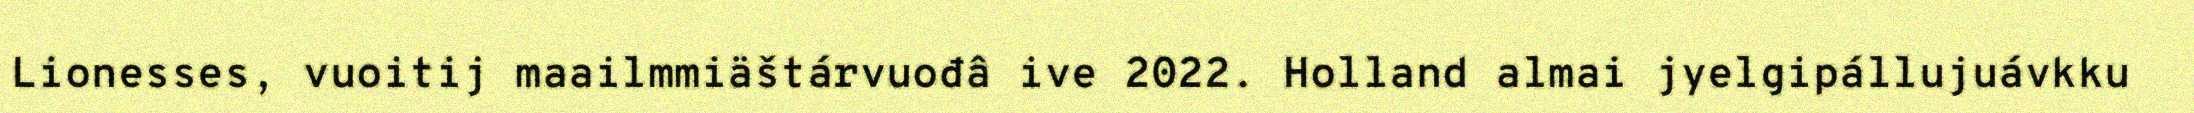
Lionesses, vuoitij maailmmiäštárvuođâ ive 2022. Holland almai jyelgipállujuávkku